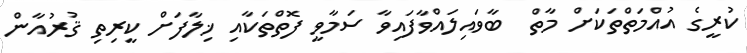
ކުރީގެ އުއްމަތްތަކަށް މާތް  ބާވައިލައްވާފައިވާ ސަމާވީ ފޮތްތަކާއި ޚިލާފަށް ކީރިތި ޤުރުއާން